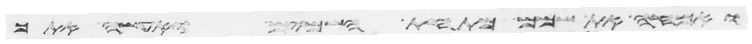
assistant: ואמחה את שמם מתחת השמים ואעשה אתך